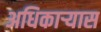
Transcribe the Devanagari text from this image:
अधिकार्‍यास